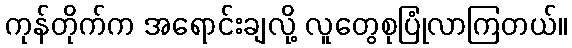
ကုန်တိုက်က အရောင်းချလို့ လူတွေစုပြုံလာကြတယ်။